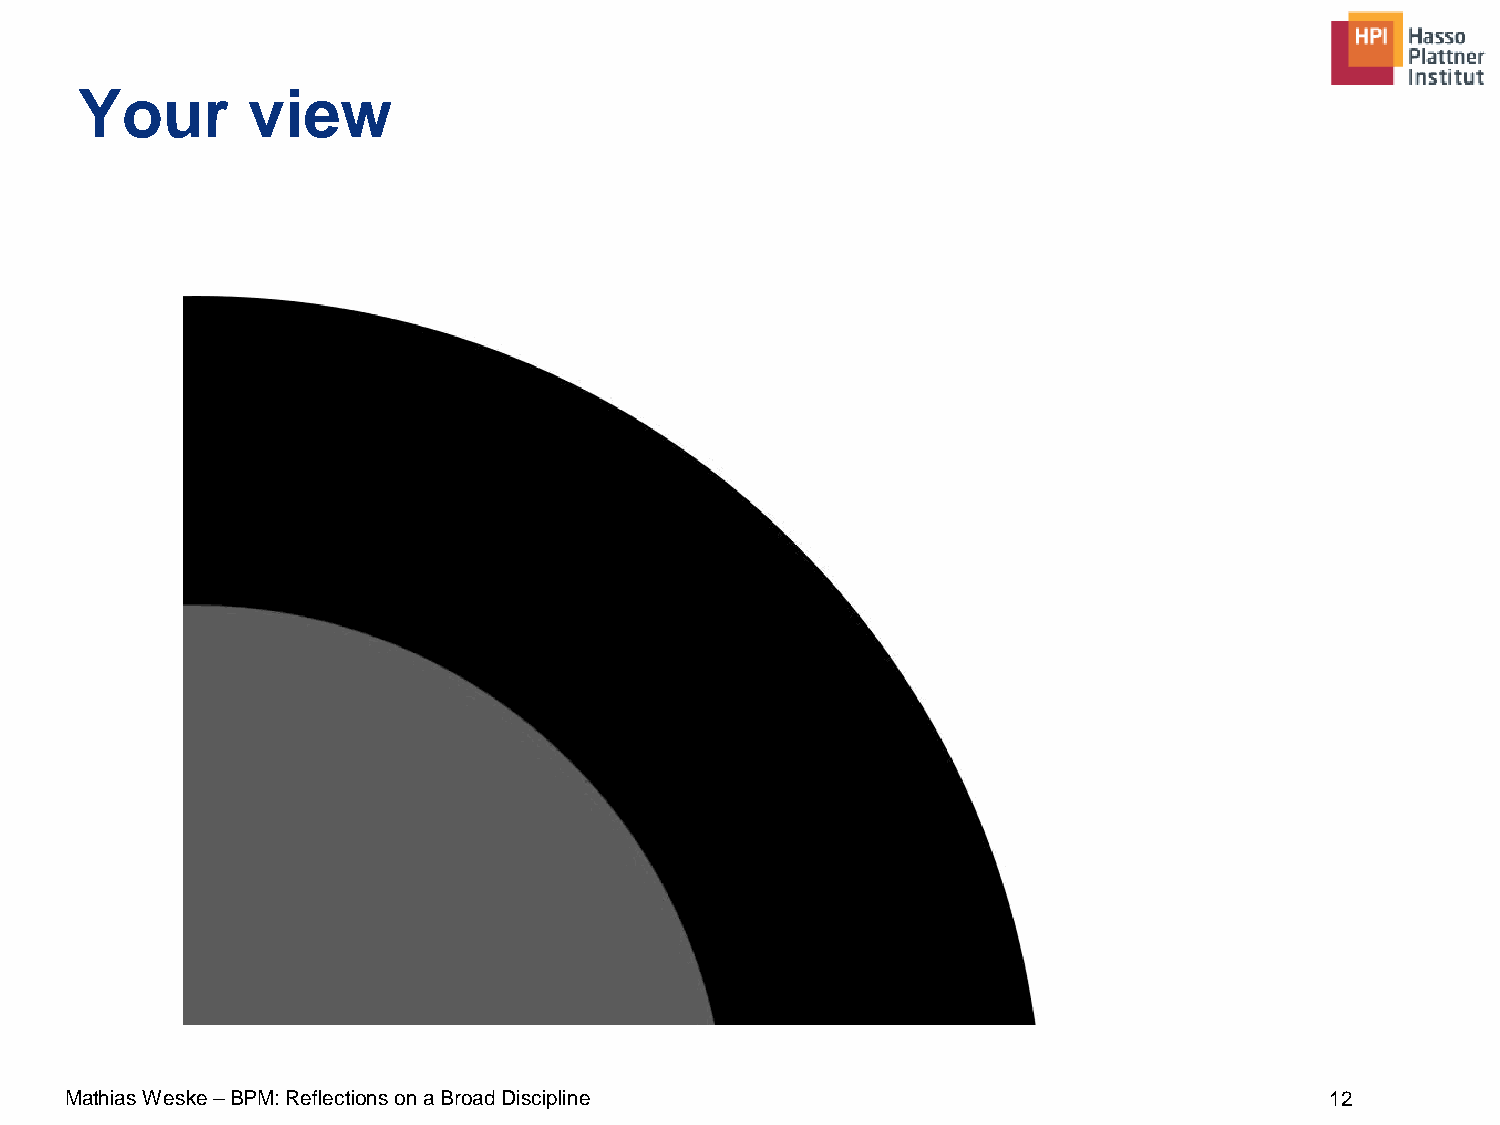
Your       view
 Mathias Weske –BPM: Reflections on a Broad Discipline                               12